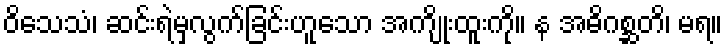
ဝိသေသံ၊ ဆင်းရဲမှလွက်ခြင်းဟူသော အကျိုးထူးကို။ န အဓိဂစ္ဆတိ၊ မရ။